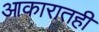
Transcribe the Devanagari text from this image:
आकारातही